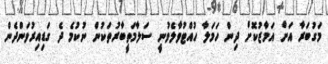
މަގުބަރާ އަށް އަމާޒުކޮށް ދިން ހަމަލާ ހުއްޓުވާލެވުނީ ސަލާމަތީބާރުތަކުން ނުކުމެ ދެ ގަޑިއިރުވަންދެން